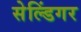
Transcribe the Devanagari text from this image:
सेल्डिंगर